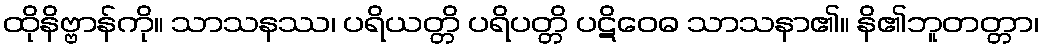
ထိုနိဗ္ဗာန်ကို။ သာသနဿ၊ ပရိယတ္တိ ပရိပတ္တိ ပဋိဝေဓ သာသနာ၏။ နိ၏ဘူတတ္တာ၊